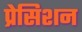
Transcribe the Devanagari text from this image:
प्रेसिशन